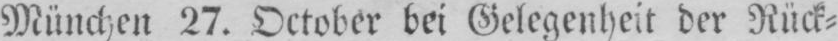
München 27. October bei Gelegenheit der Rück⸗